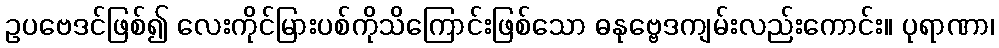
ဥပဗေဒင်ဖြစ်၍ လေးကိုင်မြားပစ်ကိုသိကြောင်းဖြစ်သော ဓနုဗ္ဗေဒကျမ်းလည်းကောင်း။ ပုရာဏာ၊